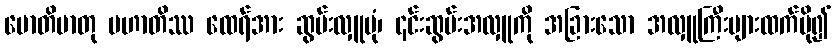
ဗောတိမာတု မဟာတိဿ ထေရ်အား ဆွမ်းလှူပုံ၊ ၎င်းဆွမ်းအလှူကို အခြားသော အလှူကြီးများထက်ပို၍